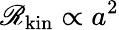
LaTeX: \mathscr{R}_{\mathrm{kin}}\propto a^{2}